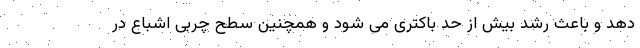
دهد و باعث رشد بیش از حد باکتری می شود و همچنین سطح چربی اشباع در